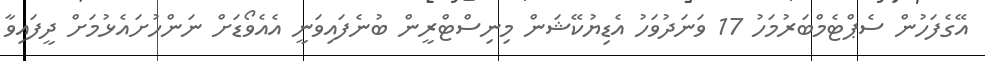
އޭގެފަހުން ސެޕްޓެމްބަރުމަހު 17 ވަނަދުވަހު އެޑިޔުކޭޝަން މިނިސްޓްރީން ބުނެފައިވަނީ އެއެވޯޑަށް ނަންހުށައެޅުމަށް ދީފައިވާ